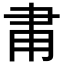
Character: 𬎾